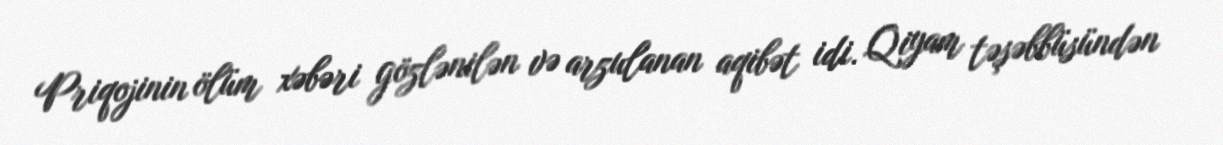
Priqojinin ölüm xəbəri gözlənilən və arzulanan aqibət idi. Qiyam təşəbbüsündən